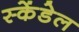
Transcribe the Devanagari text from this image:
स्केंडेल